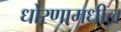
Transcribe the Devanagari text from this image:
धोरणामधील